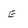
Character: E